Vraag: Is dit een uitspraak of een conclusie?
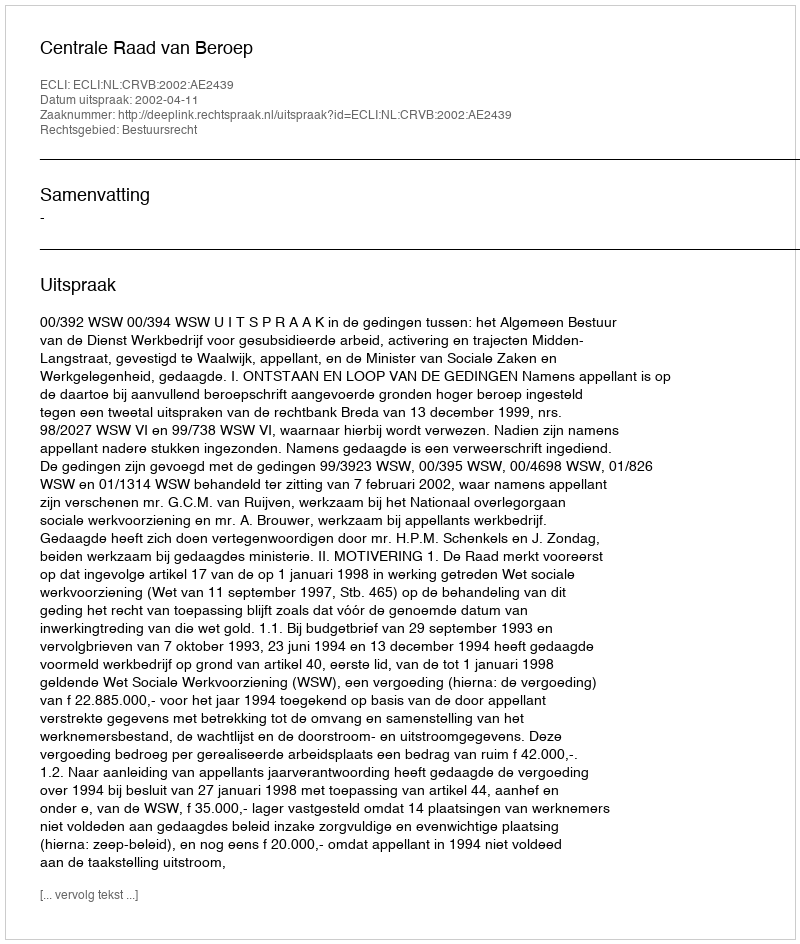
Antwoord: Uitspraak